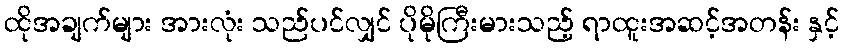
ထိုအချက်များ အားလုံး သည်ပင်လျှင် ပိုမိုကြီးမားသည့် ရာထူးအဆင့်အတန်း နှင့်